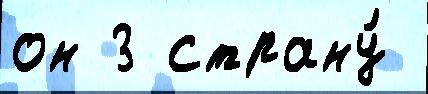
он 3 страну́